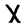
Character: X